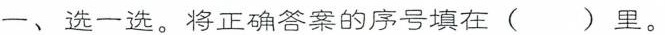
一、选一选。将正确答案的序号填在()里。